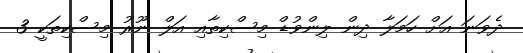
ދެވަނަ އަށް ހަމަލާ ދިން ލިންވުޑް މިސްކިތާއި އަލް ނޫރު މިސްކިތަކީ 3